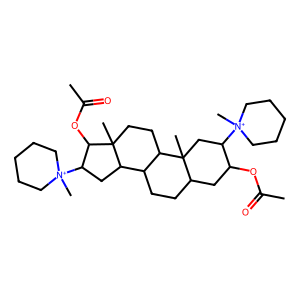
SMILES: CC(=O)OC1CC2CCC3C(CCC4(C)C3CC([N+]3(C)CCCCC3)C4OC(C)=O)C2(C)CC1[N+]1(C)CCCCC1
Inhibits HIV replication: No